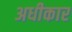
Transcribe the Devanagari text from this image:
अधीकार